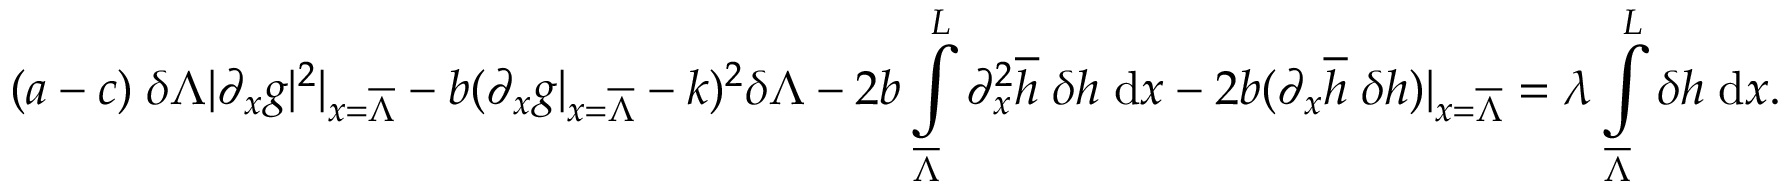
( a - c ) \; \delta \Lambda | \partial _ { x } g | ^ { 2 } | _ { x = \overline { { \Lambda } } } - b ( \partial _ { x } g | _ { x = \overline { { \Lambda } } } - k ) ^ { 2 } \delta \Lambda - 2 b \int \displaylimits _ { \overline { { \Lambda } } } ^ { L } { \partial _ { x } ^ { 2 } \overline { { h } } \; \delta h \; \mathrm { d } x } - 2 b ( \partial _ { x } \overline { { h } } \; \delta h ) | _ { x = \overline { { \Lambda } } } = \lambda \int \displaylimits _ { \overline { { \Lambda } } } ^ { L } { \delta h \; \mathrm { d } x } .